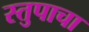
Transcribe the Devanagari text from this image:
स्तुपाचा